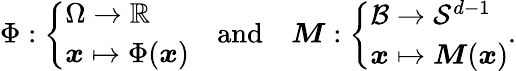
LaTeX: \Phi:\left\{ \begin{array}{l}{{\Omega}\rightarrow\mathbb{R}}\\ {{\boldsymbol{x}}\mapsto\Phi({\boldsymbol{x}})}\end{array}\right.\quad\mathrm{and}\quad{\boldsymbol{M}}:\left\{ \begin{array}{l}{{\mathcal{B}}\rightarrow{\mathcal{S}}^{d-1}}\\ {{\boldsymbol{x}}\mapsto{\boldsymbol{M}}({\boldsymbol{x}})}\end{array}\right..